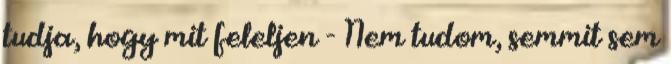
tudja, hogy mit feleljen - Nem tudom, semmit sem